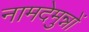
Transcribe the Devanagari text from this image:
नामदेमुन्नों